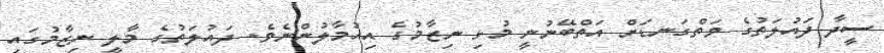
ސީދާ ދައުލަތުގެ ވަތްގަނޑަށް އަތްބޭނުނީ މުޅި ނިޒާމުގެ އިހުމާލުންނެވެ. ދައުލަތުގެ މާލީ ނިޒާމުގައި